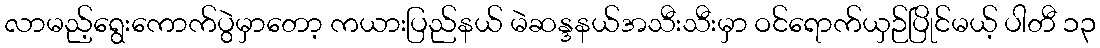
လာမည့်ရွေးကောက်ပွဲမှာတော့ ကယားပြည်နယ် မဲဆန္ဒနယ်အသီးသီးမှာ ဝင်ရောက်ယှဉ်ပြိုင်မယ့် ပါတီ ၁၃